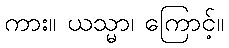
ကား။ ယသ္မာ၊ ကြောင့်။